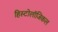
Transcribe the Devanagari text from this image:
हिस्टोलॉजिकल